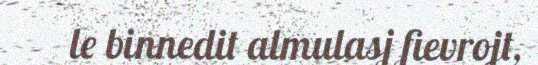
le binnedit almulasj fievrojt,